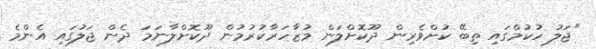
"ޖަލު ހުކުމްގައި ތިބޭ ކުށްވެރިން ދޫކޮށްލަން މުޒާހަރާކުރުމުން ދޫކޮށްލާނަމަ ދެން ޖަލުގައި އެންމެ